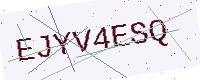
Text: EJYV4ESQ